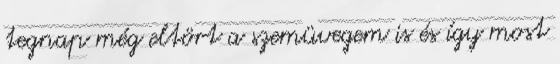
tegnap még eltört a szemüvegem is és így most